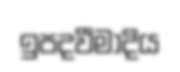
ඉපදවීමාදිය